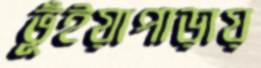
ভূঁইয়াপাড়ায়